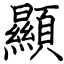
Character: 顯